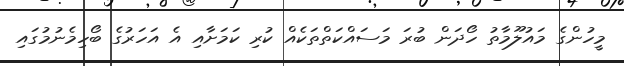
މީހުންގެ މައުލޫމާތު ހޯދަން ބުރަ މަސައްކަތްތަކެއް ކުރި ކަމަށާއި އެ އަހަރުގެ ބޯހިމެނުމުގައި